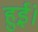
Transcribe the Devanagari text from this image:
हुई़ं।